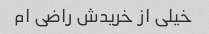
خیلی از خریدش راضی ام